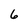
Character: 6